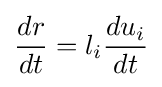
{\frac {dr}{dt}}=l_{i}{\frac {du_{i}}{dt}}